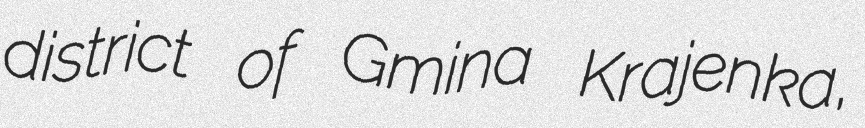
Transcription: district of Gmina Krajenka,